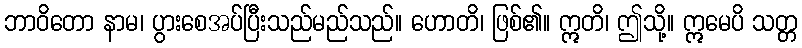
ဘာဝိတော နာမ၊ ပွားစေအပ်ပြီးသည်မည်သည်။ ဟောတိ၊ ဖြစ်၏။ ဣတိ၊ ဤသို့။ ဣမေပိ သတ္တ